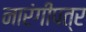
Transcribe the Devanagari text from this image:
नारंगीपत्र